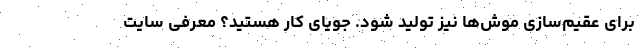
برای عقیم‌سازی موش‌ها نیز تولید شود. جویای کار هستید؟ معرفی سایت